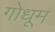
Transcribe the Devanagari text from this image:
गोधूम